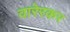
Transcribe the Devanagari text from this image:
वारेरकर